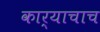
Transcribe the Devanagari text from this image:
कार्याचाच